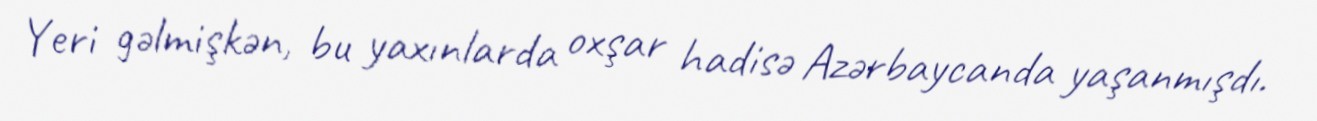
Yeri gəlmişkən, bu yaxınlarda oxşar hadisə Azərbaycanda yaşanmışdı.